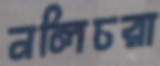
নলিচরা